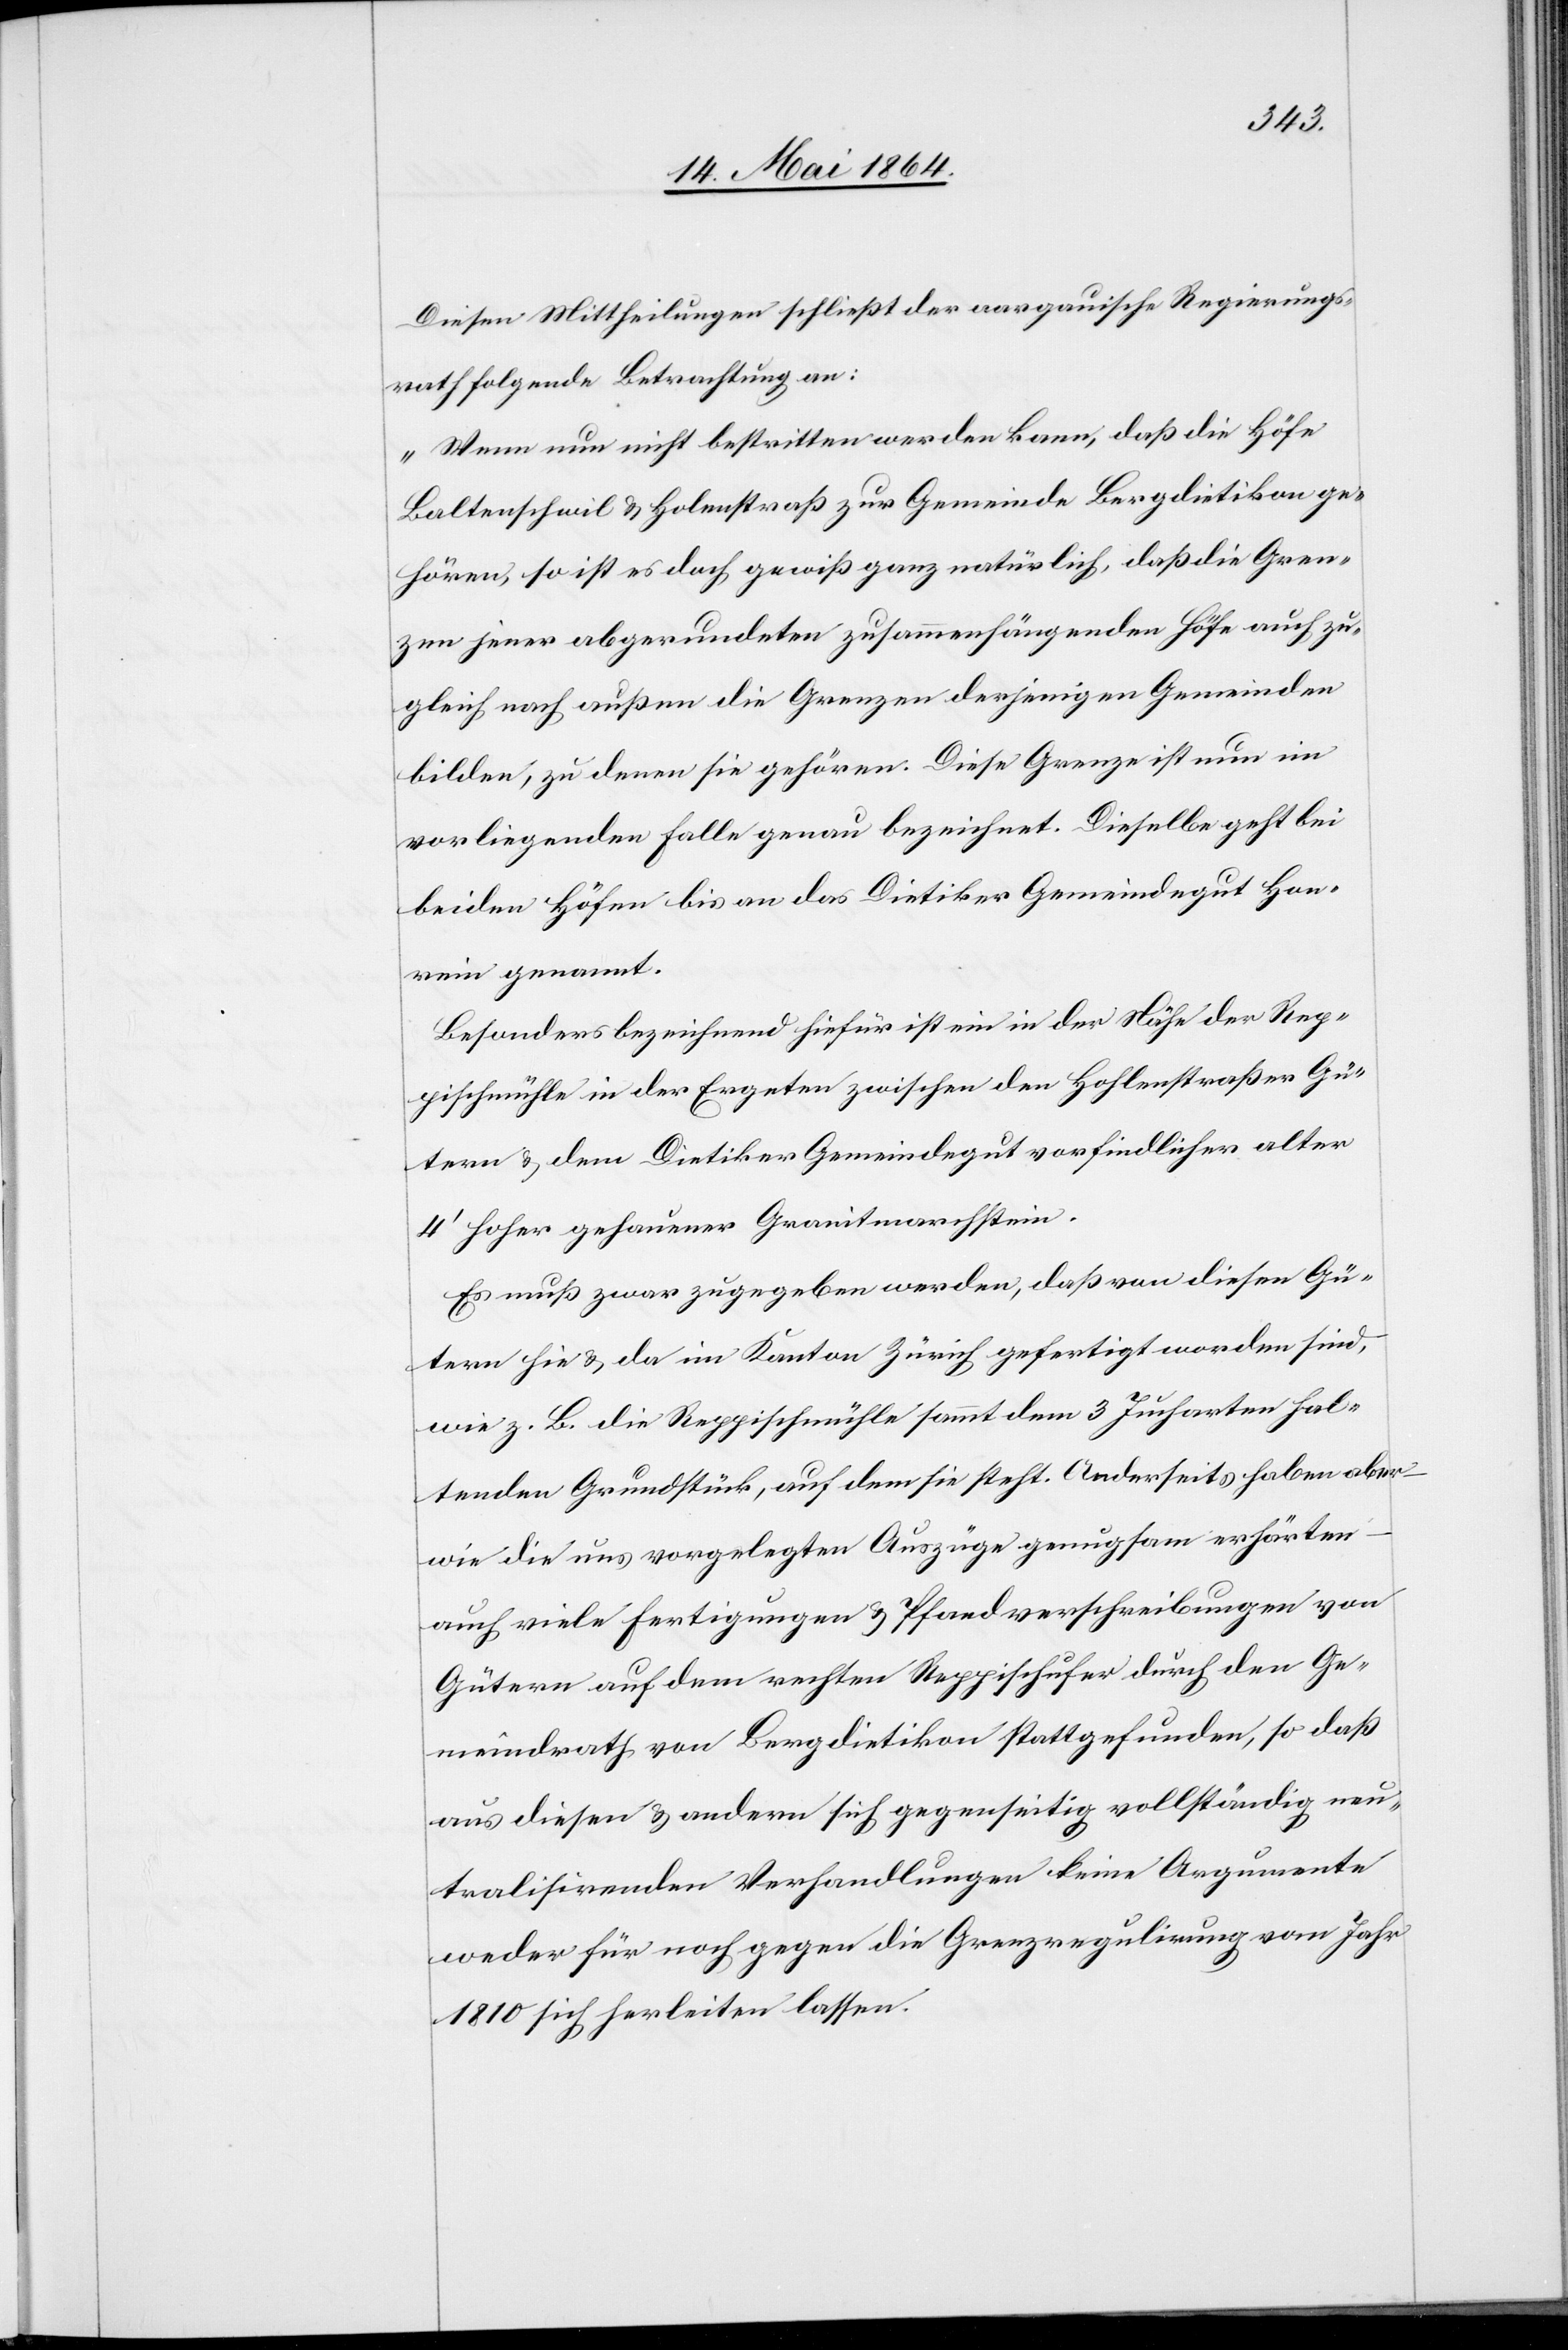
Diesen Mittheilungen schließt der aargauische Regierungs¬
rath folgende Betrachtung an:
„Wenn nun nicht bestritten werden kann, daß die Höfe
Baltenschweil u. Holenstraß zur Gemeinde Bergdietikon ge¬
hören, so ist es doch gewiß ganz natürlich, daß die Gren¬
zen jener abgerundeten zusammenhängenden Höfe auch zu¬
gleich nach außen die Grenzen derjenigen Gemeinden
bilden, zu denen sie gehören. Diese Grenze ist nun im
vorliegenden Falle genau bezeichnet. Dieselbe geht bei
beiden Höfen bis an das Dietiker Gemeindegut Han¬
rein genannt.
Besonders bezeichnend hiefür ist ein in der Nähe der Rep¬
pischmühle in der Ergeten zwischen den Hohlenstraßen Gü¬
tern u. dem Dietiker Gemeindegut vorfindlicher alter
4’ hoher gehauener Granitmarchstein.
Es muß zwar zugegeben werden, daß von diesen Gü¬
tern hie u. da im Kanton Zürich gefertigt worden sind,
wie z. B. die Reppischmühle sammt dem 3 Jucharten hal¬
tenden Grundstück, auf dem sie steht. Anderseits haben aber
wie die aus vorgelegten Auszüge genugsam erhörten
auch viele Fertigungen u. Pfandverschreibungen von
Gütern auf dem rechten Reppischufer durch den Ge¬
meindrath von Bergdietikon stattgefunden, so daß
aus diesen u. andern sich gegenseitig vollständig neu¬
tralisirenden Verhandlungen keine Argumente
weder für noch gegen die Grenzziehung vom Jahr
1810 sich herleiten lassen.